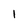
Character: l